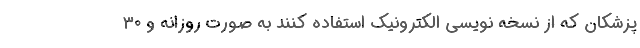
پزشکان که از نسخه نویسی الکترونیک استفاده کنند به صورت روزانه و ۳۰